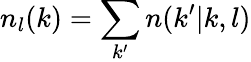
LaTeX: n_{l}(k)=\sum_{k^{\prime}}n(k^{\prime}|k,l)